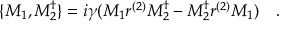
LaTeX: \, \{ M _ { 1 } , M _ { 2 } ^ { \dagger } \} = i \gamma ( M _ { 1 } r ^ { ( 2 ) } M _ { 2 } ^ { \dagger } - M _ { 2 } ^ { \dagger } r ^ { ( 2 ) } M _ { 1 } ) \quad .